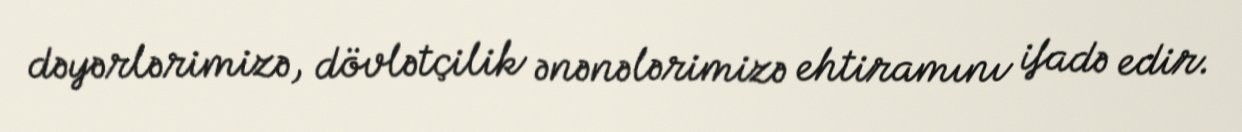
dəyərlərimizə, dövlətçilik ənənələrimizə ehtiramını ifadə edir.